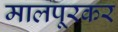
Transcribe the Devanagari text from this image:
मालपूरकर